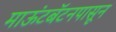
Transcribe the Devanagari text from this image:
माऊंटबॅटनपासून